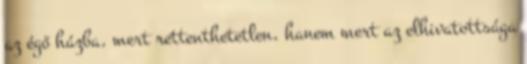
az égő házba, mert rettenthetetlen, hanem mert az elhivatottsága